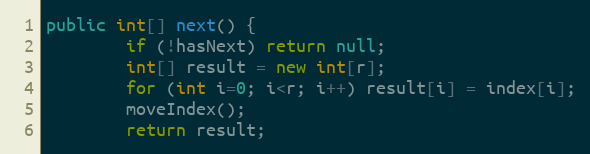
Language: Java
public int[] next() {
		if (!hasNext) return null;
		int[] result = new int[r];
		for (int i=0; i<r; i++) result[i] = index[i];
		moveIndex();
		return result;